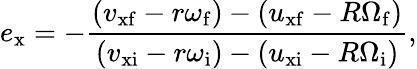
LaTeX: e_{\mathrm{x}}=-{\frac{(v_{\mathrm{xf}}-r\omega_{\mathrm{f}})-(u_{\mathrm{xf}}-R\Omega_{\mathrm{f}})}{(v_{\mathrm{xi}}-r\omega_{\mathrm{i}})-(u_{\mathrm{xi}}-R\Omega_{\mathrm{i}})}},